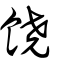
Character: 饒